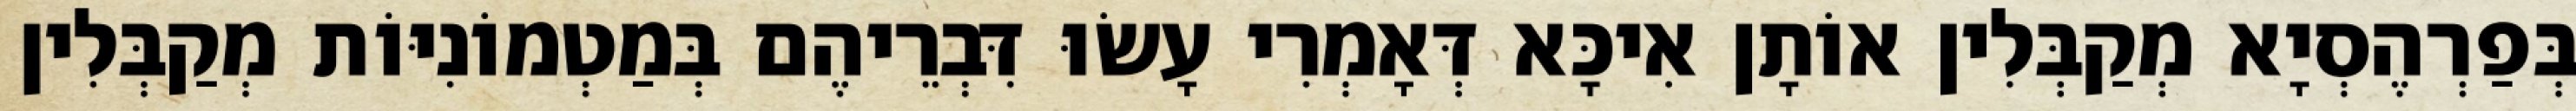
בְּפַרְהֶסְיָא מְקַבְּלִין אוֹתָן אִיכָּא דְּאָמְרִי עָשׂוּ דִּבְרֵיהֶם בְּמַטְמוֹנִיּוֹת מְקַבְּלִין